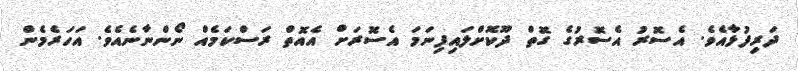
ދަރިފުޅާއެވެ. އެސޮރު އެސޮރުގެ ގޮތް ދޫކޮށްލައިފިނަމަ އެސޮރަށް އެއޮތް ރަސްކަމެއް ނޯންނާނެއެވެ. އަހަރެމެން